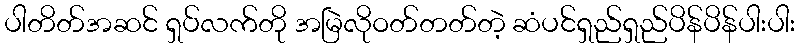
ပါတိတ်အဆင် ရှပ်လက်တို အမြဲလိုဝတ်တတ်တဲ့ ဆံပင်ရှည်ရှည်ပိန်ပိန်ပါးပါး